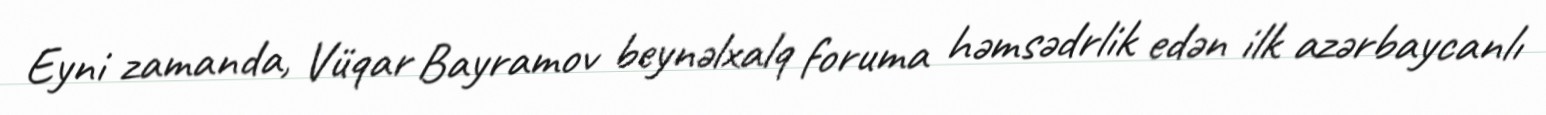
Eyni zamanda, Vüqar Bayramov beynəlxalq foruma həmsədrlik edən ilk azərbaycanlı